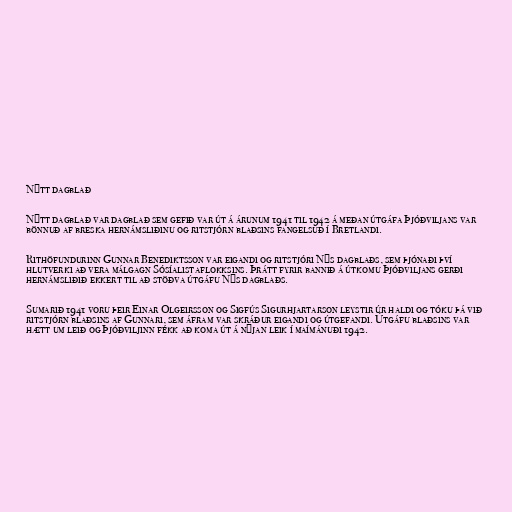
Nýtt dagblað

Nýtt dagblað var dagblað sem gefið var út á árunum 1941 til 1942 á meðan útgáfa Þjóðviljans var
bönnuð af breska hernámsliðinu og ritstjórn blaðsins fangelsuð í Bretlandi.

Rithöfundurinn Gunnar Benediktsson var eigandi og ritstjóri Nýs dagblaðs, sem þjónaði því
hlutverki að vera málgagn Sósíalistaflokksins. Þrátt fyrir bannið á útkomu Þjóðviljans gerði
hernámsliðið ekkert til að stöðva útgáfu Nýs dagblaðs.

Sumarið 1941 voru þeir Einar Olgeirsson og Sigfús Sigurhjartarson leystir úr haldi og tóku þá við
ritstjórn blaðsins af Gunnari, sem áfram var skráður eigandi og útgefandi. Útgáfu blaðsins var
hætt um leið og Þjóðviljinn fékk að koma út á nýjan leik í maímánuði 1942.